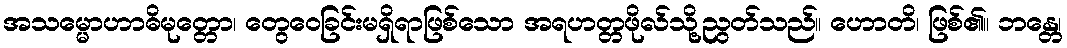
အသမ္မောဟာဓိမုတ္တော၊ တွေဝေခြင်းမရှိရာဖြစ်သော အရဟတ္တဖိုလ်သို့ညွတ်သည်။ ဟောတိ၊ ဖြစ်၏။ ဘန္တေ၊